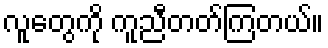
လူတွေကို ကူညီတတ်ကြတယ်။